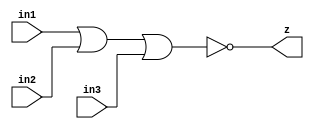
// mioc-nor3
//
// Edward Diaz , 08_21_22
//
// This is a mos representation of the original mos layout
//  configuration that uses an open drain configuration.

// mioc-nor3
//
module mioc_nor3_rtl(
    z,

    in1,            
    in2,
    in3		      
    );

   output z;

   input  in1;
   input  in2;
   input  in3;   

   assign z = ~(in1 | in2 | in3);

endmodule